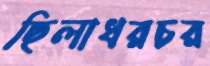
ছিলাধরচর